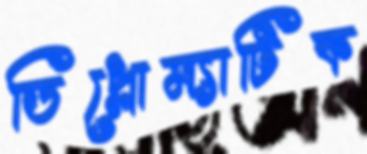
ডিপ্লোম্যাটিক